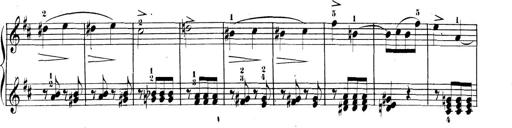
Title: 3 Sonatinen, Op.8
Composer: Isidor Wilhelm Seiss